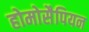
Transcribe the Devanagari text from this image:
होमोसैपियन